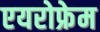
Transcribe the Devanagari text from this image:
एयरोफ्रेम